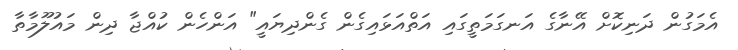
އެމަގުން ދަނިކޮށް އޭނާގެ އަނގަމަތީގައި އަތްއަޅައިގެން ގެންދިޔައީ" އަންހެން ކުއްޖާ ދިން މައުލޫމާތާ